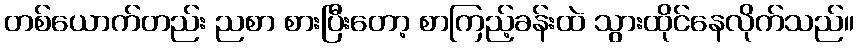
တစ်ယောက်တည်း ညစာ စားပြီးတော့ စာကြည့်ခန်းထဲ သွားထိုင်နေလိုက်သည်။